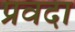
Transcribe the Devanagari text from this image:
प्रवदा